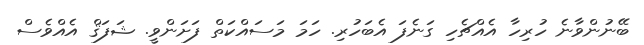
ބޭނުންވާނެ ހުރިހާ އެއްޗެހި ގަނެފަ އެބަހުރި. ހަމަ މަސައްކަތް ފަށަންވީ. ޝަފަޤް އެއްވެސް